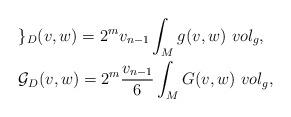
LaTeX: \begin{align*}\begin{aligned}& \mathcal{g}_{D}(v,w) = 2^{m} v_{n-1} \int _{M} g(v,w)~vol_{g},\\& \mathcal{G}_{D}(v,w) = 2^{m} \frac{v_{n-1}}{6} \int _{M} G(v,w)~vol_{g},\end{aligned}\end{align*}